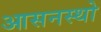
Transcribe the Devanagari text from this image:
आसनस्थो